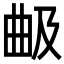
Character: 𣌵